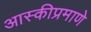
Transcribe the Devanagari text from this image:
आस्कीप्रमाणे